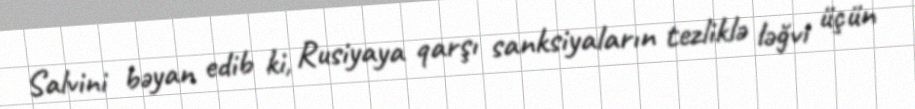
Salvini bəyan edib ki, Rusiyaya qarşı sanksiyaların tezliklə ləğvi üçün